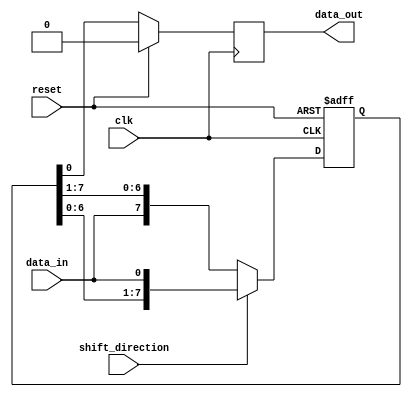
module siso_shift_register (
    input data_in,
    input clk,
    input reset,
    input shift_direction,
    output reg data_out
);

reg [7:0] shift_reg; // 8-bit shift register

always @(posedge clk or posedge reset) begin
    if (reset) begin
        shift_reg <= 8'b0; // reset shift register
    end else begin
        if (shift_direction) begin
            shift_reg <= {shift_reg[6:0], data_in}; // shift data right
        end else begin
            shift_reg <= {data_in, shift_reg[7:1]}; // shift data left
        end
    end
end

always @(posedge clk) begin
    if (reset) begin
        data_out <= 1'b0; // reset data output
    end else begin
        data_out <= shift_reg[0]; // output the first bit of the shift register
    end
end

endmodule